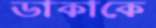
ডাকাকে